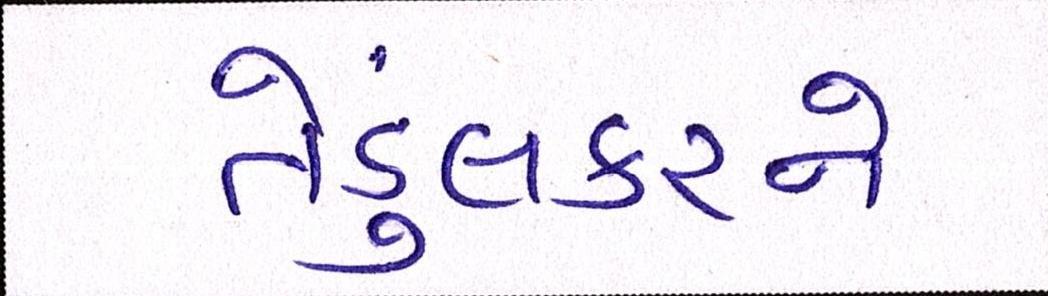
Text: તેંડુલકરને